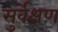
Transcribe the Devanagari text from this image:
सुर्वेक्षण